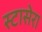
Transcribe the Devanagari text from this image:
स्टासेरा